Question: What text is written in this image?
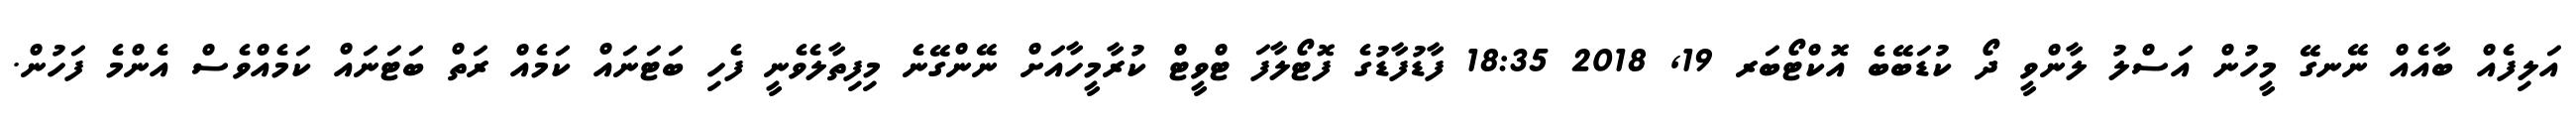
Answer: އަލިފެއް ބާއެއް ނޭނގޭ މީހުން އަސްލު ލާންވީ ދޯ ކުޑަބޭބެ އޮކްޓޯބަރ 19, 2018 18:35 ފާޑުފާޑުގެ ފޮޓޯލާފަ ޓްވީޓް ކުރާމީހާއަށް ނޭންގޭނެ މިފިތާލެވެނީ ފެހި ބަޓަނައް ކަމެއް ރަތް ބަޓަނައް ކަމެއްވެސް އެންމެ ފަހުން.